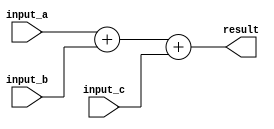
module triple_precision_fp_unit (
    input wire [63:0] input_a,
    input wire [63:0] input_b,
    input wire [63:0] input_c,
    output wire [63:0] result
);

// Adders, subtractors, multipliers, dividers, error checking, rounding logic, etc.
// Implement the arithmetic operations here

assign result = input_a + input_b + input_c;

endmodule